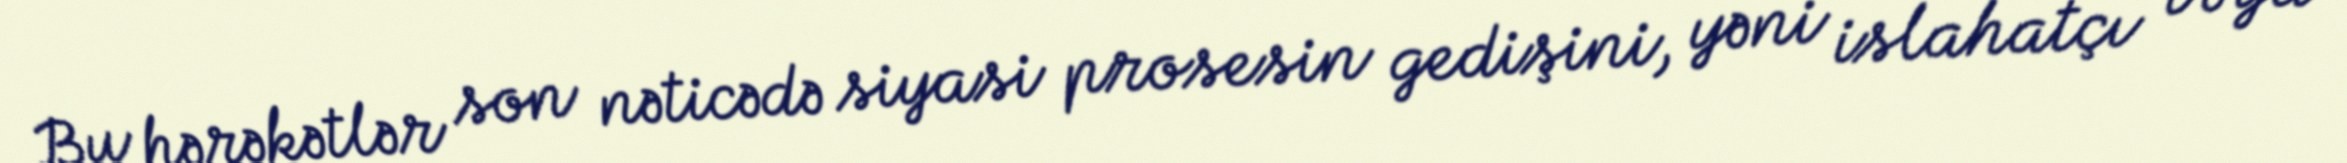
Bu hərəkətlər son nəticədə siyasi prosesin gedişini, yəni islahatçı və ya